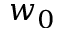
w _ { 0 }